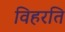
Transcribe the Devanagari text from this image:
विहरति